Vital statistics of India. Vol. IV, Annual returns from 1871 to 1876. British Army of India, Native Army and jails of Bengal
Year: 1871
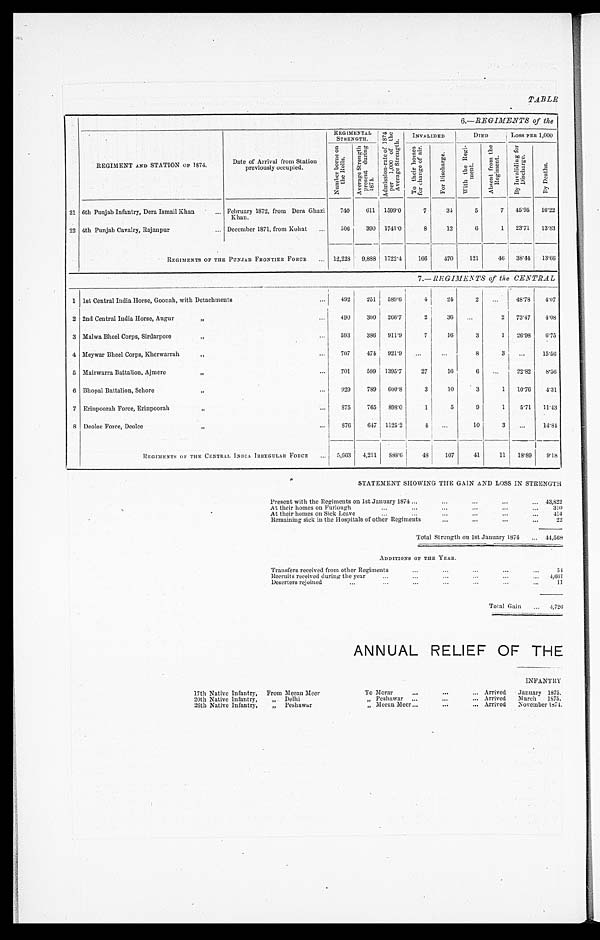
TABLE
6,—REGIMENTS of the
REGIMENTAL STRENGTH.
A d m i s s i o n - r a t e o f 1 8 7 4
p e r 1 , 0 0 0 0 o f t h e
Av e r a g e S t r e n g t h .
INVALIDED
DIED
LOSS PER 1, 000
REGIMENT AND STATION OF 1874.
Date of Arrival from Station
previously occupied.
N u m b e r b o r n e o n
t h e R o l l s . A v e r a g e S t r e n g t h
p r e s e n t d u r i n g
1874.
T o t h e i r h o m e s
f o r c h a n g e o f a i r .
F o r D i s c h a r g e .
W i t h t h e R e g i -
m e n t .
A b s e n t f r o m t h e
R e g i m e n t .
B y I n v a l i d i n g f o r
D i s c h a r g e .
B y D e a t h s .
21 6th Punjab Infantry, Dera Ismail Khan
February 1872, from Dera Ghazi
Khan.
740 611 1599.0
7 34 5
7 45.95 16.22
22 4th Punjab Cavalry, Rajanpur
December 1871, from Kohat 506 390 1741.0
8 12 6
1 23.71 13.83
REGIMENTS OF THE PUNJAB FRONTIER FORCE
12,228 9,888 1722.4 166 470 121 46 38.44 13.66
7.—REGIMENTS of the CENTRAL
1 1st Central India Horse, Goonah, with Detachments
492 251 589.6
4 24 2
48.78 4 . 0 7
2 2nd Central India Horse, Augur „
490 300 266.7
2 36
2 73.47 4 . 0 8
3 Malwa Bheel Corps, Sirdarpore „
593 386 911.9
7 16
3
1 26.98 6 . 7 5
4 Meywar Bheel Corps, Kherwarrah „
707 474 921.9
8
3
1 5 . 5 6
5 Mairwarra Battalion, Ajmere „
701 599 1395.7 27 16
6
22.82 8 . 5 6
6 Bhopal Battalion, Sehore „
929 789 600.8
3 10
3
1 10.76 4 . 3 1
7 Erinpoorah Force, Erinpoorah „
875 765 898.0
1
5
9
1 5.71 1 1 . 4 3
8 Deolee Force, Deolee „
876 647 1125.2
4
10
3
1 4 . 8 4
REGIMENTS OF THE CENTRAL INDIA IRREGULAR FORCE
5,663 4,211 888.6 48 107 41 11 18.89 9 . 1 8
STATEMENT SHOWING THE GAIN AND LOSS IN STRENGTH
Present with the Regiments on 1st January 1874
43,822
At their homes on Furlough
310
At their homes on Sick Leave
414
Remaining sick in the Hospitals of other Regiments
22
Total Strength on 1st January 1874
4 4 , 5 6 8
ADDITIONS OF THE YEAR.
Transfers received from other Regiment
5 4
Recruits received during the year
4,661
Deserters rejoined
11
Total Gain
4,726
ANNUAL RELIEF OF THE
INFANTRY
17th Native Infantry, From Meean Meer
To Morar
Arrived January 1875.
20th Native Infantry,
„ D e l h i
„ Peshawar
Arrived March 1875.
26th Native Infantry,
„ Peshawar
„ Meean Meer
Arrived November 1874.